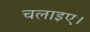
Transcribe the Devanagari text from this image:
चलाइए।